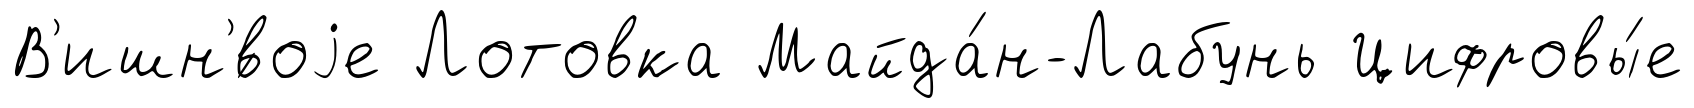
В'ишн'́воjе Лотовка Майда́н-Лабунь Цифровы́е